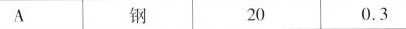
A 钢 20 0.3